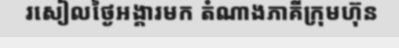
រសៀលថ្ងៃអង្គារមក តំណាងភាគីក្រុមហ៊ុន